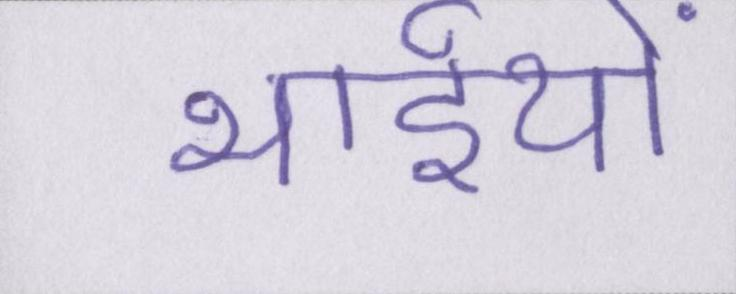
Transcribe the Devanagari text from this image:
भाईयों